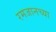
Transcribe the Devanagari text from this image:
रमजानच्या